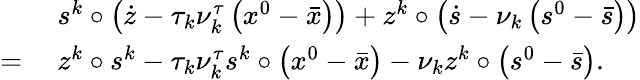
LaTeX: \begin{array}{rl}&{\ s^{k}\circ\left(\dot{z}-\tau_{k}\nu_{k}^{\tau}\left({x}^{0}-\bar{x}\right)\right)+z^{k}\circ\left(\dot{s}-\nu_{k}\left(s^{0}-\bar{s}\right)\right)}\\ {=}&{\ z^{k}\circ s^{k}-\tau_{k}\nu_{k}^{\tau}s^{k}\circ\left({x}^{0}-\bar{{x}}\right)-\nu_{k}z^{k}\circ\left({s}^{0}-\bar{{s}}\right).}\end{array}